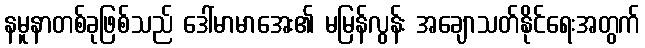
နမူနာတစ်ခုဖြစ်သည် ဒေါ်မာမာအေး၏ မမြန်လွန်း အချောသတ်နိုင်ရေးအတွက်